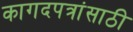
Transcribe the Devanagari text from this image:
कागदपत्रांसाठी